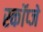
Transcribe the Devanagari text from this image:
स्कॉप्जे